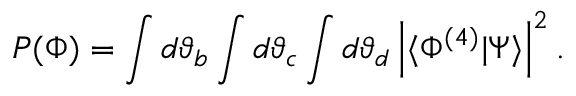
P ( \Phi ) = \int d \vartheta _ { b } \int d \vartheta _ { c } \int d \vartheta _ { d } \left| \langle { \Phi ^ { ( 4 ) } } | { \Psi } \rangle \right| ^ { 2 } .